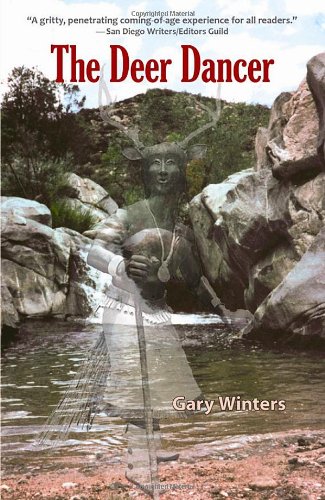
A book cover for The Deer Dancer; Gary Winters; Teen & Young Adult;